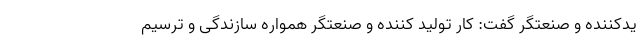
یدکننده و صنعتگر گفت: کار تولید کننده و صنعتگر همواره سازندگی و ترسیم